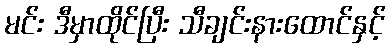
မင်း ဒီမှာထိုင်ပြီး သီချင်းနားထောင်နှင့်